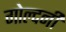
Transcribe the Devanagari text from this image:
गोल्दनी